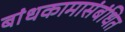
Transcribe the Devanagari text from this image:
बांधकामासंबंधित